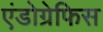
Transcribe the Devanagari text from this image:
एंडोग्रेफिस